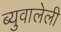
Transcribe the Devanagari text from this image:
ब्युवालेली